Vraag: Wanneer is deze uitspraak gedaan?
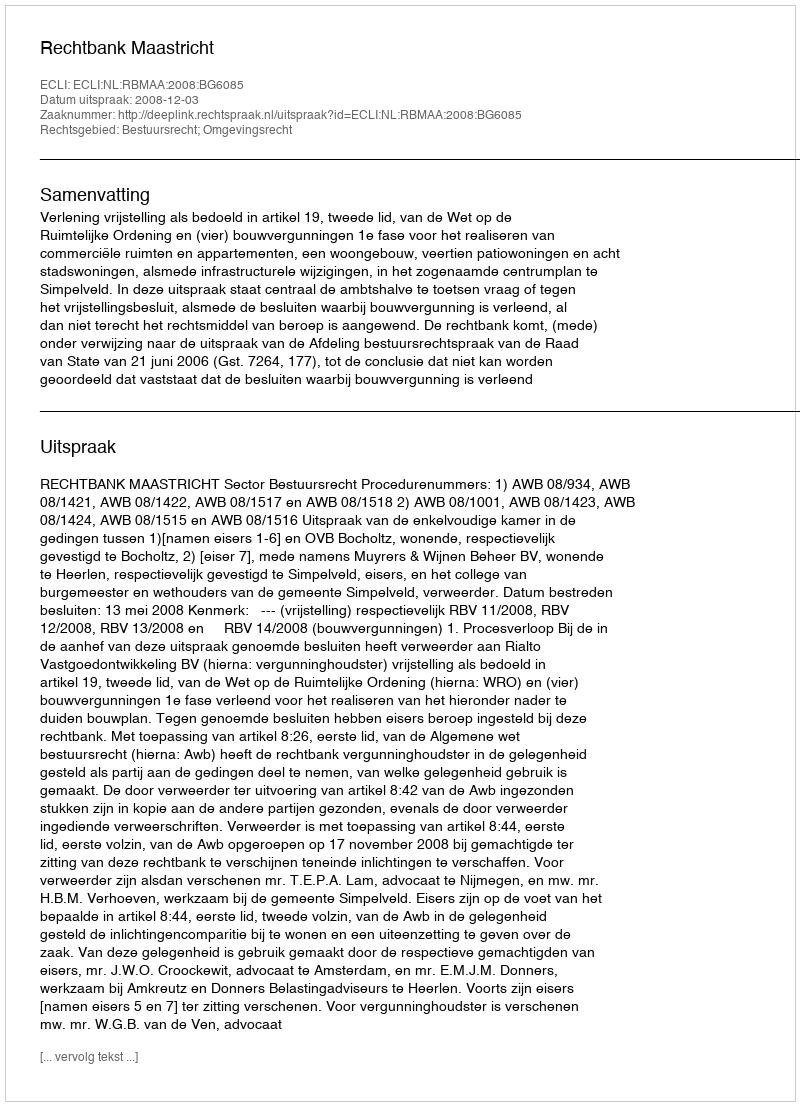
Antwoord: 2008-12-03